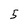
Character: 5